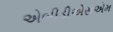
એબીડીએસએમ